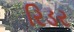
રિડર